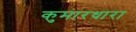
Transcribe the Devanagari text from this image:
कुमारधारा